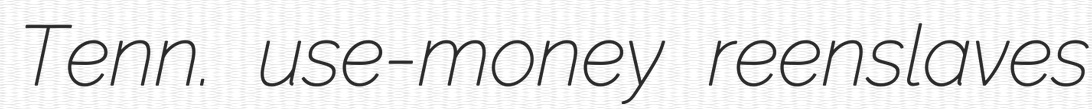
Tenn. use-money reenslaves